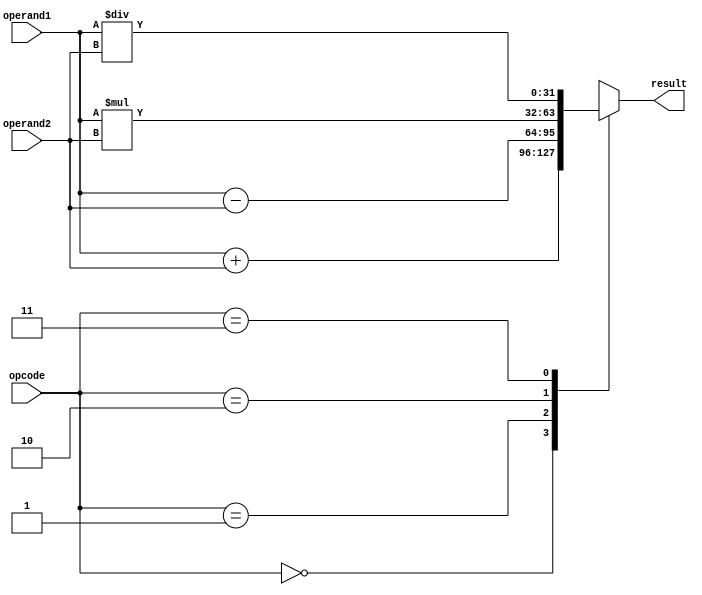
module ALU(input [31:0] operand1, operand2,
           input [1:0] opcode,
           output reg [31:0] result);

   reg [31:0] add_result, sub_result, mul_result, div_result;

   always @(*)
   begin
      case(opcode)
         2'b00: result = add_result;
         2'b01: result = sub_result;
         2'b10: result = mul_result;
         2'b11: result = div_result;
         default: result = 32'hxxxx_xxxx; // Invalid opcode
      endcase
   end

   assign add_result = operand1 + operand2;
   assign sub_result = operand1 - operand2;
   assign mul_result = operand1 * operand2;
   assign div_result = operand1 / operand2;

endmodule